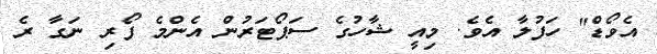
އެވޯޑް" ހަފުލާ އެވެ. މިއީ ޝާހުގެ ސަޕޯޓަރުން އެންމެ ފޯރި ނަގާ ރެ